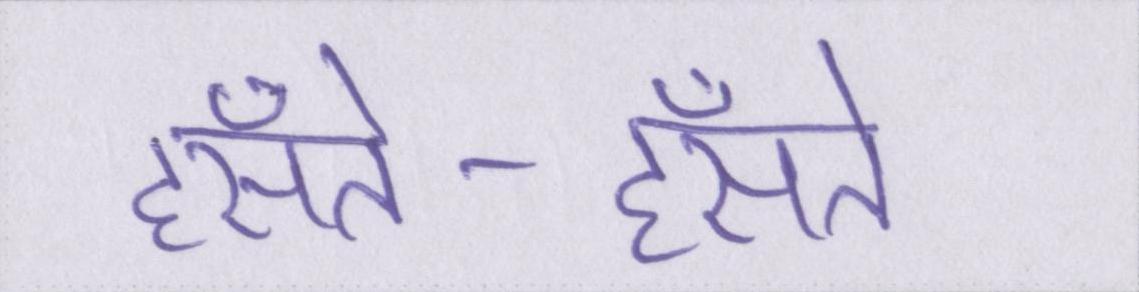
हँसते-हँसते